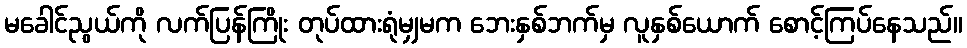
မခေါင်ညွယ်ကို လက်ပြန်ကြိုး တုပ်ထားရုံမျှမက ဘေးနှစ်ဘက်မှ လူနှစ်ယောက် စောင့်ကြပ်နေသည်။